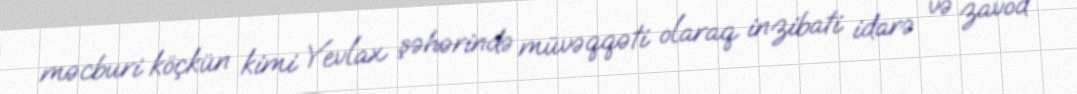
məcburi köçkün kimi Yevlax şəhərində müvəqqəti olaraq inzibati idarə və zavod